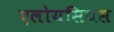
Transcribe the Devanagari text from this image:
एलोयसियस